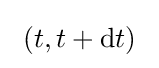
~(t,t+{\rm {d}}t)~